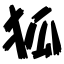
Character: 狐